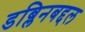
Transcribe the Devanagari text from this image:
डब्लिनबद्दल